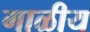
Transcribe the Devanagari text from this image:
गाळीय